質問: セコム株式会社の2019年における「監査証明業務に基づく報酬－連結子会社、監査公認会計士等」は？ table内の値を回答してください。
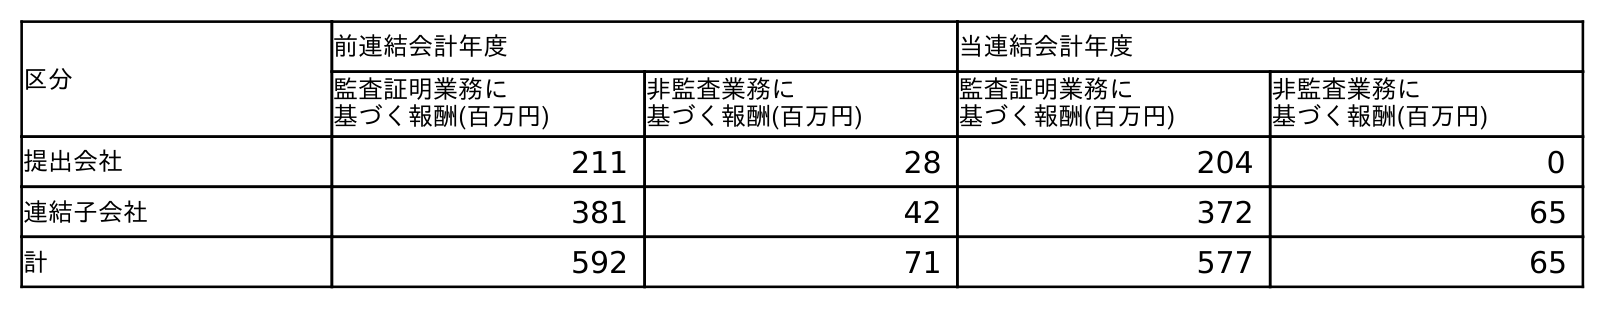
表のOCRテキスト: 区分 前連結会計年度 当連結会計年度 監査証明業務に 基づく報酬(百万円) 非監査業務に 基づく報酬(百万円) 監査証明業務に 基づく報酬(百万円) 非監査業務に 基づく報酬(百万円) 提出会社 211 28 204 0 連結子会社 381 42 372 65 計 592 71 577 65
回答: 381